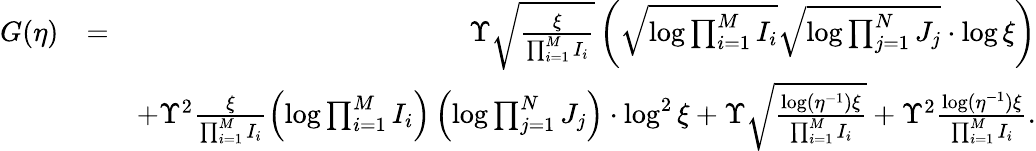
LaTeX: \begin{array}{rlr}{G(\eta)}&{=}&{\Upsilon\sqrt{\frac{\xi}{\prod_{i=1}^{M}I_{i}}}\left(\sqrt{\log\prod_{i=1}^{M}I_{i}}\sqrt{\log\prod_{j=1}^{N}J_{j}}\cdot\log\xi\right)}\\ &{}&{+\Upsilon^{2}\frac{\xi}{\prod_{i=1}^{M}I_{i}}\left(\log\prod_{i=1}^{M}I_{i}\right)\left(\log\prod_{j=1}^{N}J_{j}\right)\cdot\log^{2}\xi+\Upsilon\sqrt{\frac{\log(\eta^{-1})\xi}{\prod_{i=1}^{M}I_{i}}}+\Upsilon^{2}\frac{\log(\eta^{-1})\xi}{\prod_{i=1}^{M}I_{i}}.}\end{array}